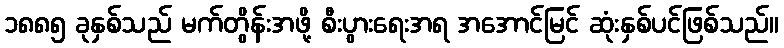
၁၈၈၅ ခုနှစ်သည် မက်တွိန်းအဖို့ စီးပွားရေးအရ အအောင်မြင် ဆုံးနှစ်ပင်ဖြစ်သည်။